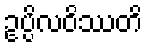
ဥပ္ပိလဝိဿတိ